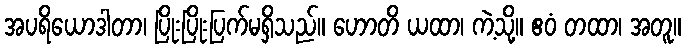
အပရိယောဒါတာ၊ ပြိုးပြိုးပြက်မရှိသည်။ ဟောတိ ယထာ၊ ကဲ့သို့။ ဧဝံ တထာ၊ အတူ။